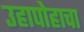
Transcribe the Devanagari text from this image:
उहापोहाचा